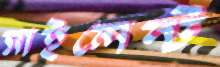
সাইলেন্ট